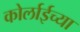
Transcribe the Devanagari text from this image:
कोर्लाईच्या